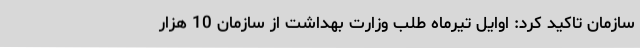
سازمان تاکید کرد: اوایل تیرماه طلب وزارت بهداشت از سازمان 10 هزار